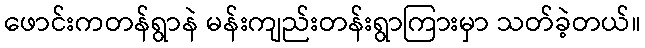
ဖောင်းကတန်ရွာနဲ မန်းကျည်းတန်းရွာကြားမှာ သတ်ခဲ့တယ်။